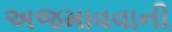
અજમાવવાની